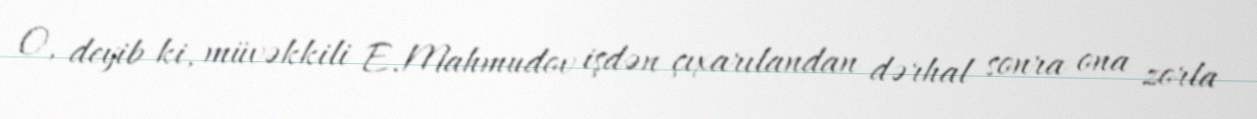
O, deyib ki, müvəkkili E.Mahmudov işdən çıxarılandan dərhal sonra ona zorla